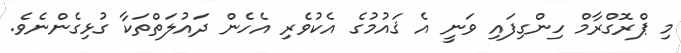
މި ޕްރޮގްރާމް ހިންގިފައި ވަނީ އެ ޤައުމުގެ އެކުވެރި އެހެން ދައުލަތްތަކާ ގުޅިގެންނެވެ.